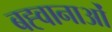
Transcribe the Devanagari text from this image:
बह्वानाओं